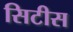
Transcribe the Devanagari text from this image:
सिटीस